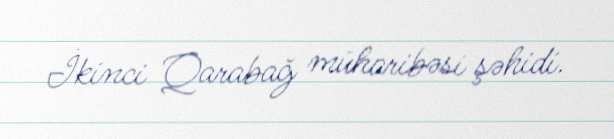
İkinci Qarabağ müharibəsi şəhidi.